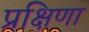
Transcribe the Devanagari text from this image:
प्रक्षिणा